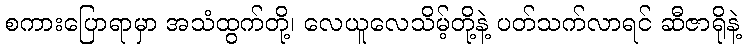
စကားပြောရာမှာ အသံထွက်တို့၊ လေယူလေသိမ့်တို့နဲ့ ပတ်သက်လာရင် ဆီဇာရိုနဲ့